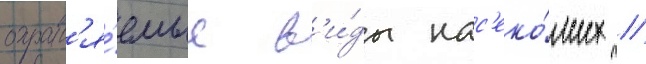
охран'я́емые в'и́ды нас'еко́мых //